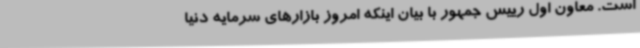
است. معاون اول رییس جمهور با بیان اینکه امروز بازارهای سرمایه دنیا